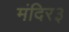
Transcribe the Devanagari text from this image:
मंदिर३